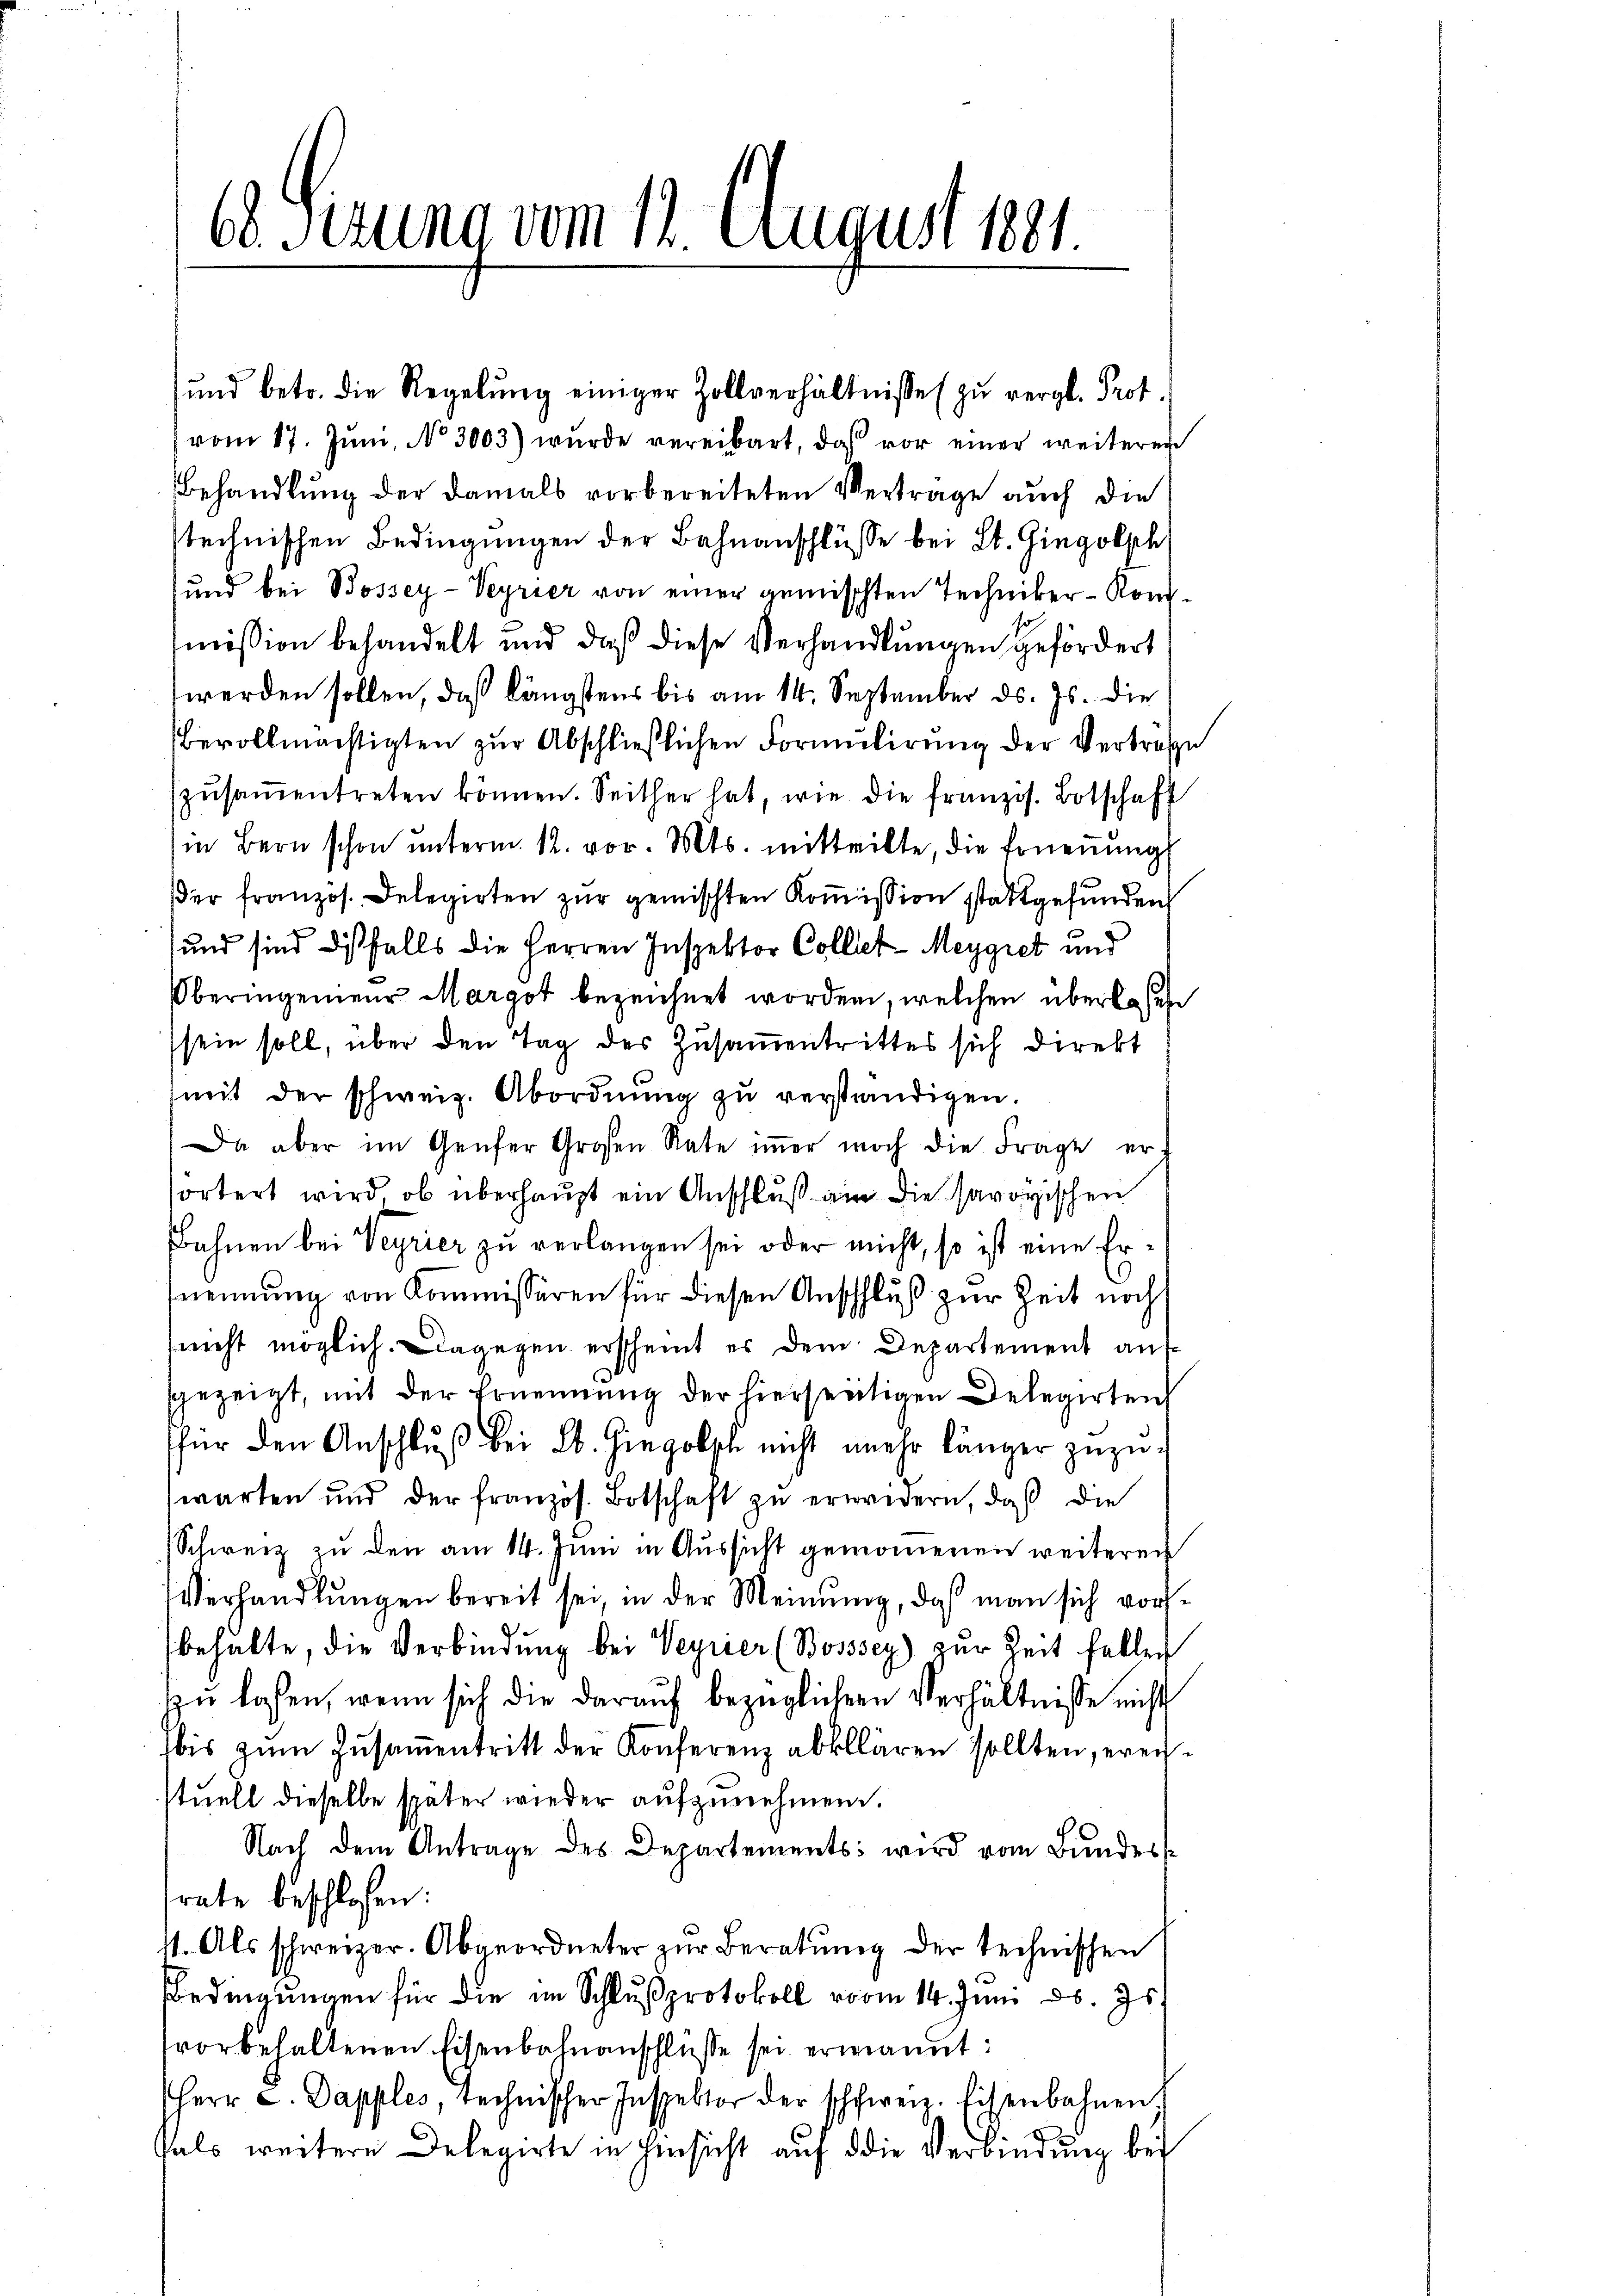
68. Serung vom 12. August 1891

ŭnd betr. die Regelŭng einiger Zollverhältnisse zŭ vergl. Prot.
vom 17. Jŭni, No 3003) wurde vereibart, daß vor einer weiterer
Behandlung der damals vorbereiteten Vertrage auch die
stechnischen Bedingungen der Bahnanschlüsse bei St. Gingolsch
und bei Bossey-Veyrier von einer gemischten Techniker-Konmission behandelt und daß diese Verhandlungen gefördert
werden sollen, daß längstens bis am 14. September d. Js. die
bevollmächtigten zŭr Abschließlichen Formulirung der Verträg
zŭsaṁentreten können. Seither hat, wie die franzis. Botschaft
in Bern schon unterm 12. vor. Mts. mitteilte, die Ernennung
er französ. Delegirten zur gemischten Kommission stattgefunden
und sind diesfalls die Herren Inspektor Coller-Meygret und
Oberingenieur Margot bezeichnet worden, welchen überlassen
sein soll, über den Tag des Zusammentrittes sich direkt
mit der schweiz. Abordnŭng zŭ verständigen.
Da aber im Genfer Großen Rate iṁer noch die Frage er
förtert wird, ob überhaupt ein Anschluß an die savoyischen
Bahnen bei Veyrier zu verlangen sei oder nicht, so ist eine Ernennung von Kommissären für diesen Anschluß zur Zeit noch
nicht möglich. Dagegen erscheint es dem Departement auf-
gezeigt, mit der Ernennung der hierseitigen Delegirten
für den Anschlŭβ bei Lb. Hiegolte nicht mehr länger zuzuwarten und der französ. Botschaft zu erwidern, daß die
Schweiz zu den am 14. Juni in Aussicht genommenen weiteren
Verhandlungen bereit sei in der Meinung, daß man sich vorbehalte, die Verbindung bei Veyrier (Bosssey) zŭr Zeit fallen
zu lasen, wenn sich die darauf bezüglichern Verhältnisse nicht
bis zŭm Zŭsaṁentritt der Konferenz abklären sollten, ereistuell dieselbe später wieder aufzunehmen.
Nach dem Antrage des Departements: wird vom Bundesrate beschloßen:
st. Als schweizer. Abgeordneter zur Beratung der technischen
Bedingungen für die im Schlußprotokoll vom 14. Juni d. Js.
vorbehaltenen Eisenbahnanschlüsse sei ermannt:
Herr C. Dapples technischer Inspektor der schweiz. Eisenbahnen,
hals weitere Delegirte in Hinsicht auf die Verbindung bei